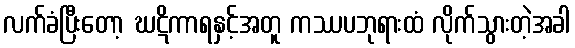
လက်ခံပြီးတော့ ဃဋိကာရနှင့်အတူ ကဿပဘုရားထံ လိုက်သွားတဲ့အခါ